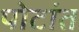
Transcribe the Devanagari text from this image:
पोटांत